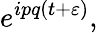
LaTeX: e^{ipq(t+\varepsilon)},